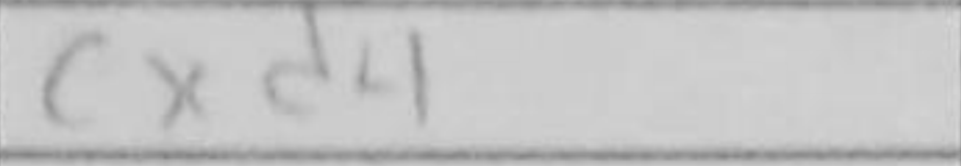
Transcription: cxd4